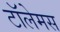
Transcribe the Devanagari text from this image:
टॉलेमस